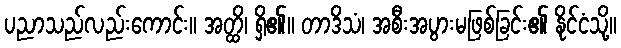
ပညာသည်လည်းကောင်း။ အတ္ထိ၊ ရှိ၏။ တာဒိသံ၊ အစီးအပွားမဖြစ်ခြင်း၏ နိုင်ငံသို့။